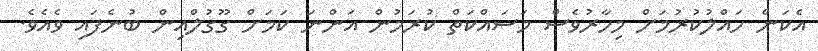
އެކަން ހައްލުކުރުމަށް މިހާރުވެސް މަސައްކަތް ކުރަމުން އަންނަ ކަމަށް ގޫގުލްއިން ބުނެފައި ވެއެވެ.